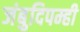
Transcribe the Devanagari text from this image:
जंबुदिपम्ही